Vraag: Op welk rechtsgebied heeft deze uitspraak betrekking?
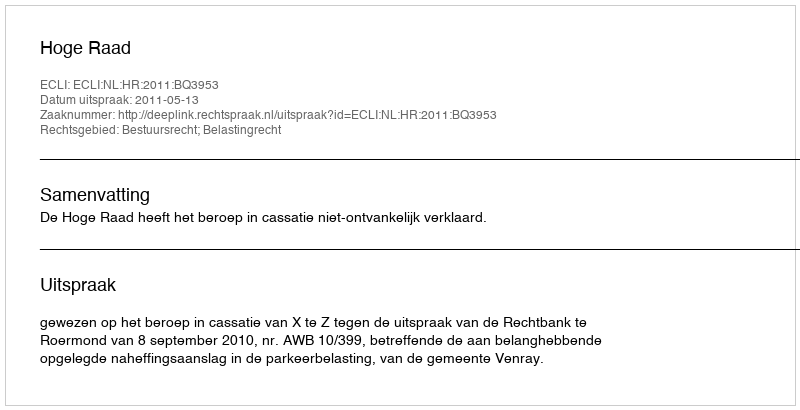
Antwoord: Bestuursrecht; Belastingrecht